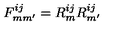
F _ { m m ^ { \prime } } ^ { i j } = R _ { m } ^ { i j } R _ { m ^ { \prime } } ^ { i j }